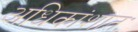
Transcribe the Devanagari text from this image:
अधिकांशातः